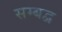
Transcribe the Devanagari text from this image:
सम्‍बद्व